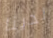
لدينا